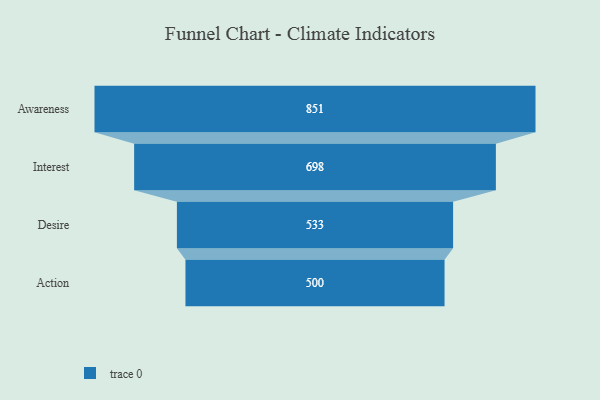
{"axis": {"x": "Stage", "y": "Value"}, "legend": [""], "data": [{"x": "Awareness", "y": 851.0, "type": ""}, {"x": "Interest", "y": 698.0, "type": ""}, {"x": "Desire", "y": 533.0, "type": ""}, {"x": "Action", "y": 500, "type": ""}]}